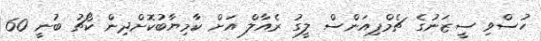
ހުސްވި ސީޒަނުގެ ޗެމްޕިއަންސް ލީގު ރެއާލް އަށް ކާމިޔާބުކޮށްދިން ކޯޗު ބުނީ 60